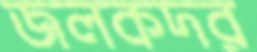
জলকদর